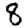
Digit: 8